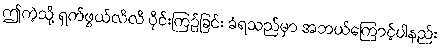
ဤကဲ့သို့ ရှက်ဖွယ်လိလိ ဝိုင်းကြဉ်ခြင်း ခံရသည်မှာ အဘယ်ကြောင့်ပါနည်း